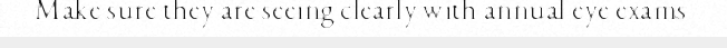
Make sure they are seeing clearly with annual eye exams.